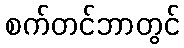
စက်တင်ဘာတွင်